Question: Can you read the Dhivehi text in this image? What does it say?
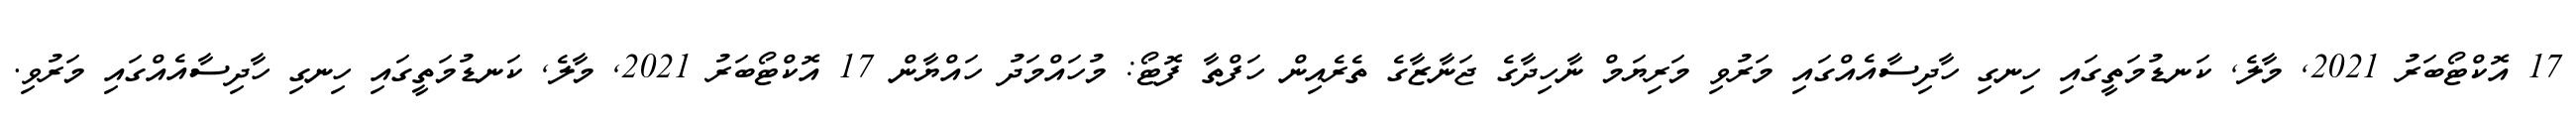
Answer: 17 އޮކްޓޯބަރު 2021, މާލެ, ކަނޑުމަތީގައި ހިނގި ހާދިސާއެއްގައި މަރުވި މަރިޔަމް ނާހިދާގެ ޖަނާޒާގެ ތެރެއިން ހަފްތާ ފޮޓޯ: މުހައްމަދު ހައްޔާން 17 އޮކްޓޯބަރު 2021, މާލެ, ކަނޑުމަތީގައި ހިނގި ހާދިސާއެއްގައި މަރުވި.